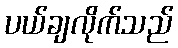
ပယ်ချလိုက်သည်